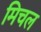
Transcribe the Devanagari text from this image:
मिचल